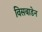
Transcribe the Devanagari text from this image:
विसबाडेन